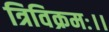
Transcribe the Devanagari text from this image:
त्रिविक्रमः।।